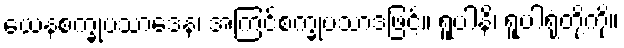
ယေနစက္ခုပသာဒေန၊ အကြင်စက္ခုပသာဒဖြင့်။ ရူပါနိ၊ ရူပါရုံတို့ကို။